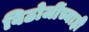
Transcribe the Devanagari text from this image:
विठोजींच्याही